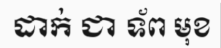
ដាក់ ជា ទ័ព មុខ